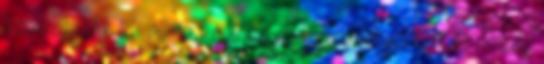
tizennegyedik téli olimpia volt az első, melynek szocialista ország